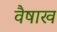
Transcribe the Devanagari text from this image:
वैषाख